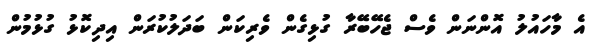
އެ މާހައުލު އޮންނަން ވެސް ޖެހޭބޭރާ ގުޅިގެން ވެރިކަން ބަދަލުކުރަން އިދިކޮޅު ގުޅުމުން